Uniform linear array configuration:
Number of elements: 48
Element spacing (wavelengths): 0.75
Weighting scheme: hann
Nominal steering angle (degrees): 30
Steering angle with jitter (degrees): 29.763
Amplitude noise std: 0.05
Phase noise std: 0.05

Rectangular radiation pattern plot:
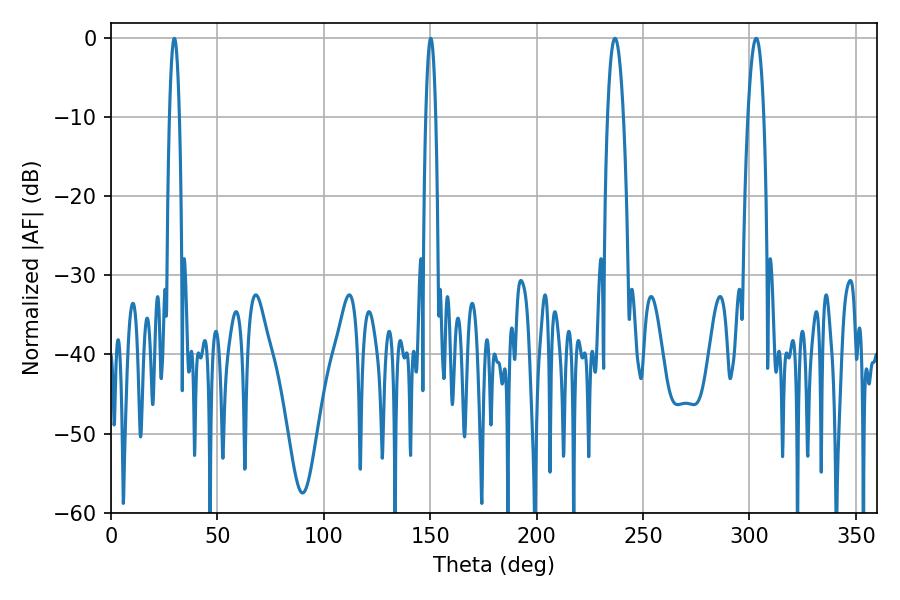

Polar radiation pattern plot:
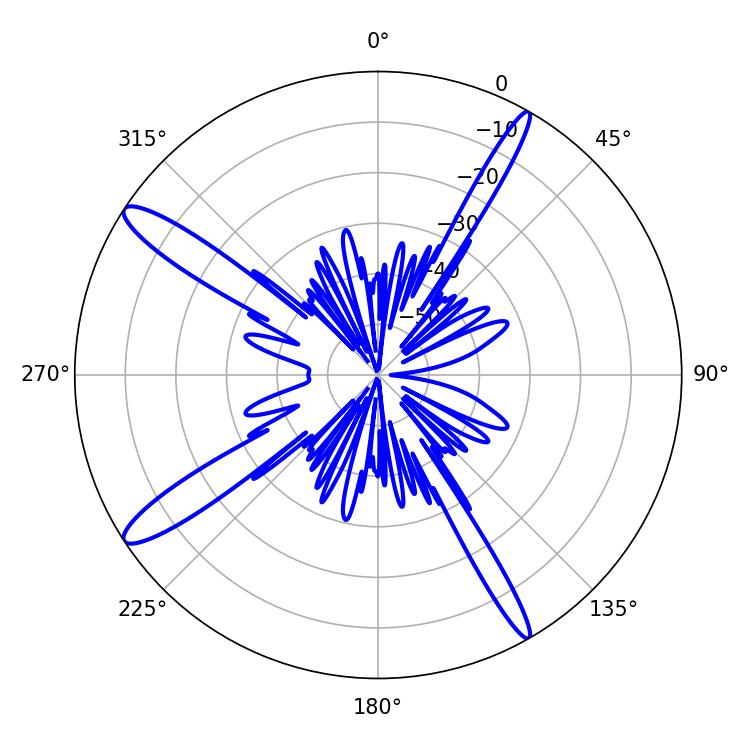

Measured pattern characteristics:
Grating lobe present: TRUE
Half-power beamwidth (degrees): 3.96
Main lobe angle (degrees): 236.88